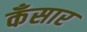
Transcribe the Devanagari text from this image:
कँसार